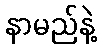
နာမည်နဲ့